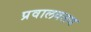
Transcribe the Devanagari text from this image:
प्रवालवलय